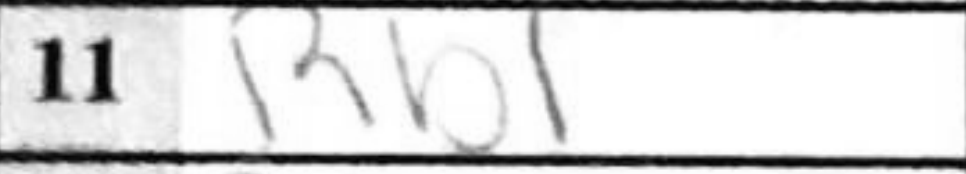
Transcription: Rb1